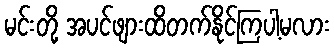
မင်းတို့ အပင်ဖျားထိတက်နိုင်ကြပါ့မလား